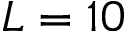
L = 1 0